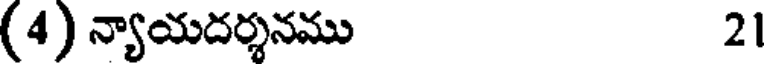
(4) న్యాయదర్శనము 21